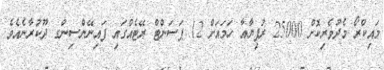
މައިކްރޯ މެދުވެރިކޮށް 25000 ރުފިޔާއާ ހަމައަށް 12 ޕަސަންޓް ރޭޓެއްގައި ފައިނޭންސިންގ ދޫކުރާނެއެވެ.